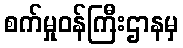
စက်မှုဝန်ကြီးဌာနမှ